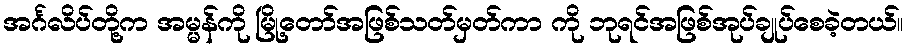
အင်္ဂလိပ်တို့က အမ္မန်ကို မြို့တော်အဖြစ်သတ်မှတ်ကာ ကို ဘုရင်အဖြစ်အုပ်ချုပ်စေခဲ့တယ်။